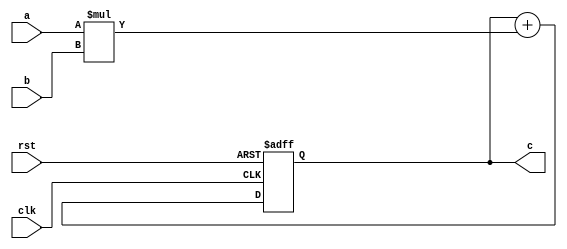
module PE (
  input clk,
  input rst,
  input [15:0] a,
  input [15:0] b,
  output[31:0] c
);
  reg [31:0] r;
  always @(posedge clk or posedge rst) begin
    if (rst)
      r <= 0;
    else
      r <= r + (a * b);
  end
  assign c = r;
endmodule